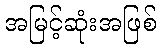
အမြင့်ဆုံးအဖြစ်